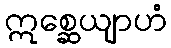
ဣစ္ဆေယျာဟံ